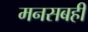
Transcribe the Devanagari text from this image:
मनसबही